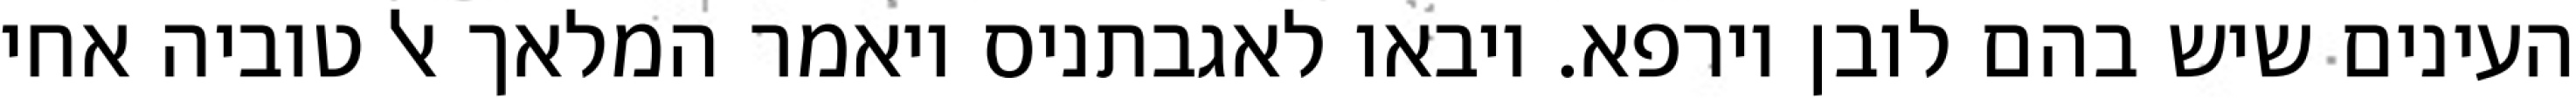
העינים שיש בהם לובן וירפא. ויבאו לאגבתניס ויאמר המלאך אל טוביה אחי